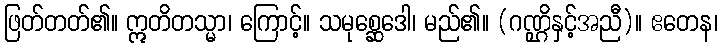
ဖြတ်တတ်၏။ ဣတိတသ္မာ၊ ကြောင့်။ သမုစ္ဆေဒေါ၊ မည်၏။ (ဂဏ္ဌိနှင့်အညီ)။ ဧတေန၊